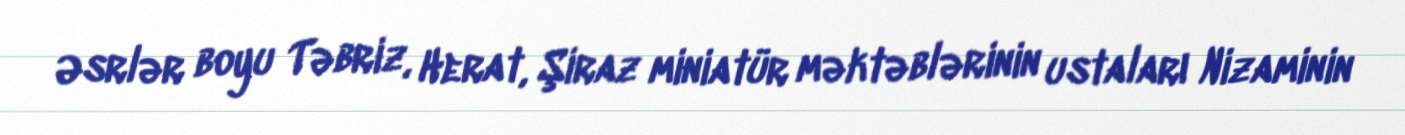
Əsrlər boyu Təbriz, Herat, Şiraz miniatür məktəblərinin ustaları Nizaminin